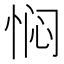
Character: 𫺓